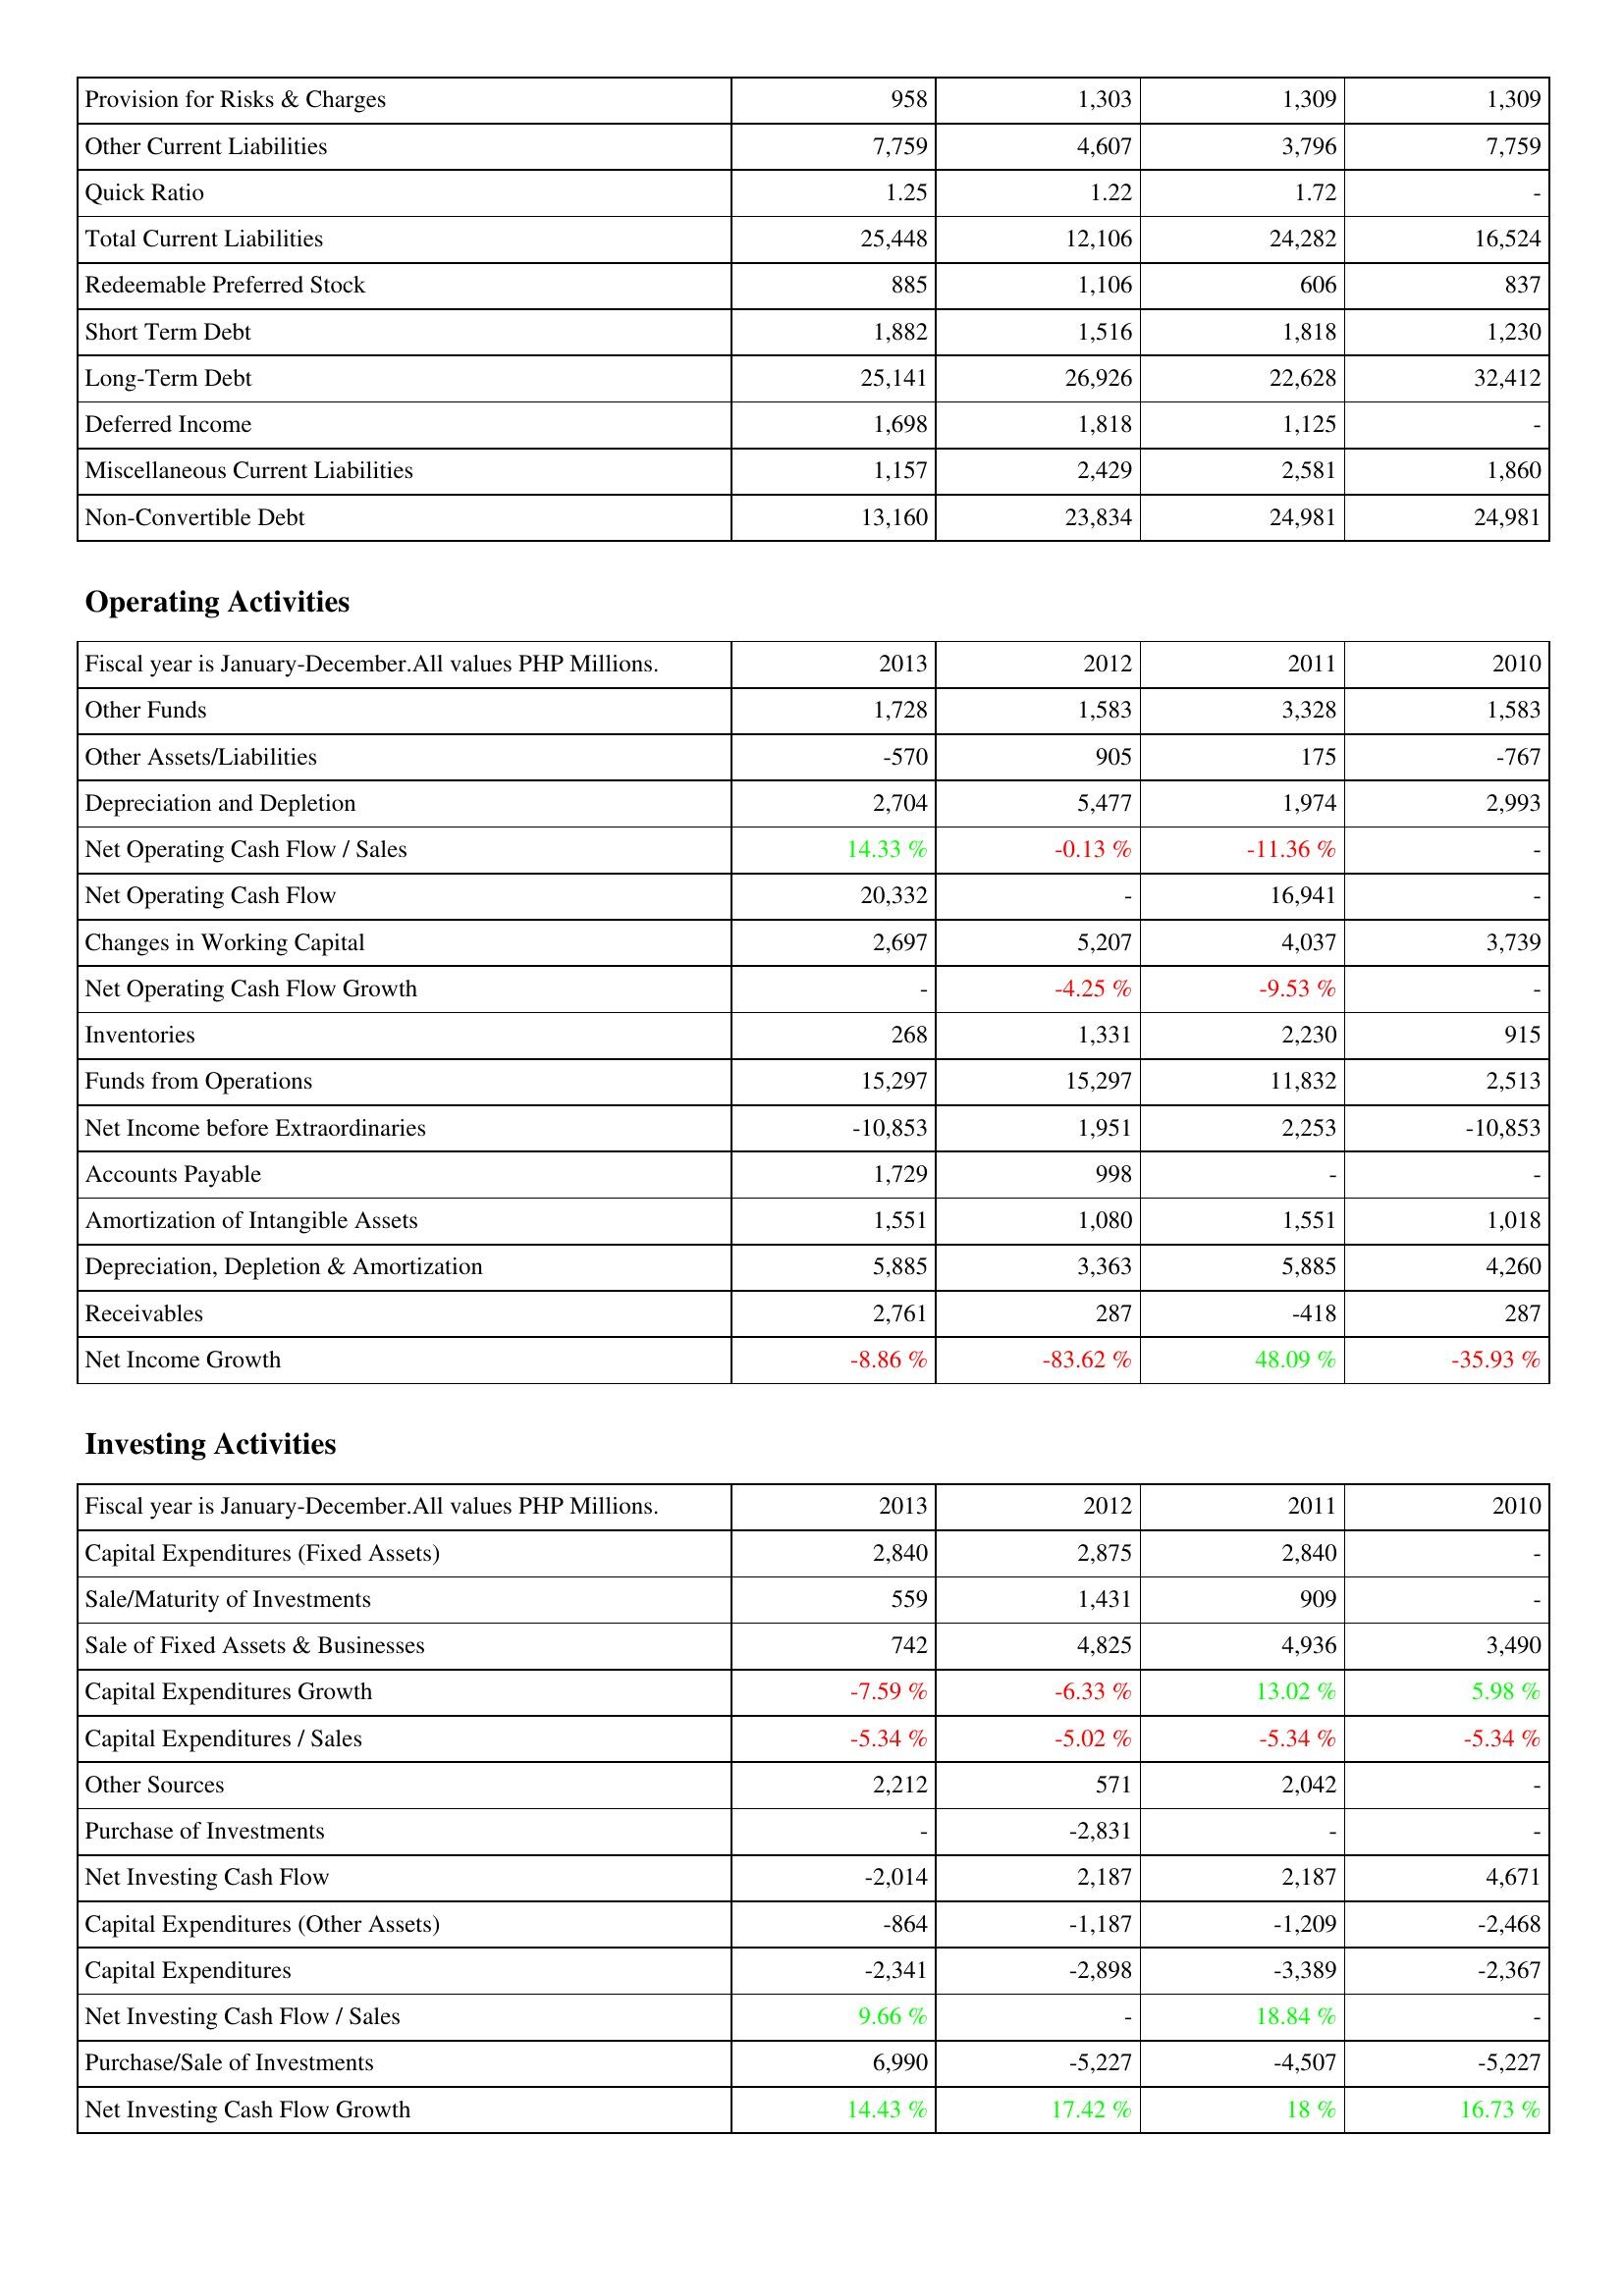
2013: Liabilities & Shareholders' Equity: Provision for Risks & Charges: 958
Other Current Liabilities: 7,759
Quick Ratio: 1.25
Total Current Liabilities: 25,448
Redeemable Preferred Stock: 885
Short Term Debt: 1,882
Long-Term Debt: 25,141
Deferred Income: 1,698
Miscellaneous Current Liabilities: 1,157
Non-Convertible Debt: 13,160
Operating Activities: Other Funds: 1,728
Other Assets/Liabilities: -570
Depreciation and Depletion: 2,704
Net Operating Cash Flow / Sales: 14.33 %
Net Operating Cash Flow: 20,332
Changes in Working Capital: 2,697
Net Operating Cash Flow Growth: -
Inventories: 268
Funds from Operations: 15,297
Net Income before Extraordinaries: -10,853
Accounts Payable: 1,729
Amortization of Intangible Assets: 1,551
Depreciation, Depletion & Amortization: 5,885
Receivables: 2,761
Net Income Growth: -8.86 %
Investing Activities: Capital Expenditures (Fixed Assets): 2,840
Sale/Maturity of Investments: 559
Sale of Fixed Assets & Businesses: 742
Capital Expenditures Growth: -7.59 %
Capital Expenditures / Sales: -5.34 %
Other Sources: 2,212
Purchase of Investments: -
Net Investing Cash Flow: -2,014
Capital Expenditures (Other Assets): -864
Capital Expenditures: -2,341
Net Investing Cash Flow / Sales: 9.66 %
Purchase/Sale of Investments: 6,990
Net Investing Cash Flow Growth: 14.43 %
2012: Liabilities & Shareholders' Equity: Provision for Risks & Charges: 1,303
Other Current Liabilities: 4,607
Quick Ratio: 1.22
Total Current Liabilities: 12,106
Redeemable Preferred Stock: 1,106
Short Term Debt: 1,516
Long-Term Debt: 26,926
Deferred Income: 1,818
Miscellaneous Current Liabilities: 2,429
Non-Convertible Debt: 23,834
Operating Activities: Other Funds: 1,583
Other Assets/Liabilities: 905
Depreciation and Depletion: 5,477
Net Operating Cash Flow / Sales: -0.13 %
Net Operating Cash Flow: -
Changes in Working Capital: 5,207
Net Operating Cash Flow Growth: -4.25 %
Inventories: 1,331
Funds from Operations: 15,297
Net Income before Extraordinaries: 1,951
Accounts Payable: 998
Amortization of Intangible Assets: 1,080
Depreciation, Depletion & Amortization: 3,363
Receivables: 287
Net Income Growth: -83.62 %
Investing Activities: Capital Expenditures (Fixed Assets): 2,875
Sale/Maturity of Investments: 1,431
Sale of Fixed Assets & Businesses: 4,825
Capital Expenditures Growth: -6.33 %
Capital Expenditures / Sales: -5.02 %
Other Sources: 571
Purchase of Investments: -2,831
Net Investing Cash Flow: 2,187
Capital Expenditures (Other Assets): -1,187
Capital Expenditures: -2,898
Net Investing Cash Flow / Sales: -
Purchase/Sale of Investments: -5,227
Net Investing Cash Flow Growth: 17.42 %
2011: Liabilities & Shareholders' Equity: Provision for Risks & Charges: 1,309
Other Current Liabilities: 3,796
Quick Ratio: 1.72
Total Current Liabilities: 24,282
Redeemable Preferred Stock: 606
Short Term Debt: 1,818
Long-Term Debt: 22,628
Deferred Income: 1,125
Miscellaneous Current Liabilities: 2,581
Non-Convertible Debt: 24,981
Operating Activities: Other Funds: 3,328
Other Assets/Liabilities: 175
Depreciation and Depletion: 1,974
Net Operating Cash Flow / Sales: -11.36 %
Net Operating Cash Flow: 16,941
Changes in Working Capital: 4,037
Net Operating Cash Flow Growth: -9.53 %
Inventories: 2,230
Funds from Operations: 11,832
Net Income before Extraordinaries: 2,253
Accounts Payable: -
Amortization of Intangible Assets: 1,551
Depreciation, Depletion & Amortization: 5,885
Receivables: -418
Net Income Growth: 48.09 %
Investing Activities: Capital Expenditures (Fixed Assets): 2,840
Sale/Maturity of Investments: 909
Sale of Fixed Assets & Businesses: 4,936
Capital Expenditures Growth: 13.02 %
Capital Expenditures / Sales: -5.34 %
Other Sources: 2,042
Purchase of Investments: -
Net Investing Cash Flow: 2,187
Capital Expenditures (Other Assets): -1,209
Capital Expenditures: -3,389
Net Investing Cash Flow / Sales: 18.84 %
Purchase/Sale of Investments: -4,507
Net Investing Cash Flow Growth: 18 %
2010: Liabilities & Shareholders' Equity: Provision for Risks & Charges: 1,309
Other Current Liabilities: 7,759
Quick Ratio: -
Total Current Liabilities: 16,524
Redeemable Preferred Stock: 837
Short Term Debt: 1,230
Long-Term Debt: 32,412
Deferred Income: -
Miscellaneous Current Liabilities: 1,860
Non-Convertible Debt: 24,981
Operating Activities: Other Funds: 1,583
Other Assets/Liabilities: -767
Depreciation and Depletion: 2,993
Net Operating Cash Flow / Sales: -
Net Operating Cash Flow: -
Changes in Working Capital: 3,739
Net Operating Cash Flow Growth: -
Inventories: 915
Funds from Operations: 2,513
Net Income before Extraordinaries: -10,853
Accounts Payable: -
Amortization of Intangible Assets: 1,018
Depreciation, Depletion & Amortization: 4,260
Receivables: 287
Net Income Growth: -35.93 %
Investing Activities: Capital Expenditures (Fixed Assets): -
Sale/Maturity of Investments: -
Sale of Fixed Assets & Businesses: 3,490
Capital Expenditures Growth: 5.98 %
Capital Expenditures / Sales: -5.34 %
Other Sources: -
Purchase of Investments: -
Net Investing Cash Flow: 4,671
Capital Expenditures (Other Assets): -2,468
Capital Expenditures: -2,367
Net Investing Cash Flow / Sales: -
Purchase/Sale of Investments: -5,227
Net Investing Cash Flow Growth: 16.73 %